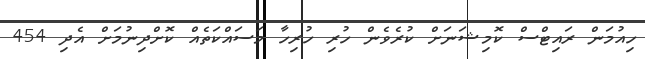
ހިއުމަން ރައިޓްސް ކޮމިޝަނަށް ކުރެވެން ހުރި ހުރިހާ މަސައްކަތެއް ކޮށްދިނުމަށް އެދި 454